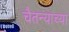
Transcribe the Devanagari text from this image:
चैतन्याच्या